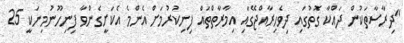
"ދިރާސާތަކުން ދައްކާ ގޮތުގައި ދިވެހިރާއްޖޭގައި އިމާރާތްތައް ފިނިކުރުމަށް އެންމެ އެކަށީގެންވާ ފިނިހޫނުމިނަކީ 25